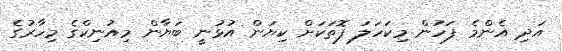
އަދި އެންމެ ފަހުން މިކަހަލަ ފޮތަކަށް ކިޔަން އުޅުނީ ބަޔާން މިއުނިކްގެ މިހާރުގެ